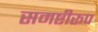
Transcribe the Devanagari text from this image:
समष्टीरूप